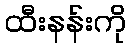
ထီးနန်းကို